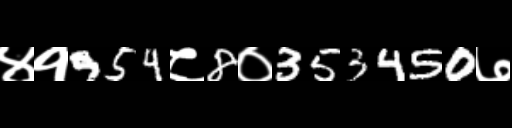
Text: ४१954८8०353450७